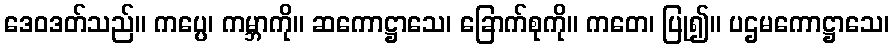
ဒေဝဒတ်သည်။ ကပ္ပေ၊ ကမ္ဘာကို။ ဆကောဋ္ဌာသေ၊ ခြောက်စုကို။ ကတေ၊ ပြု၍။ ပဌမကောဋ္ဌာသေ၊